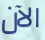
الآن